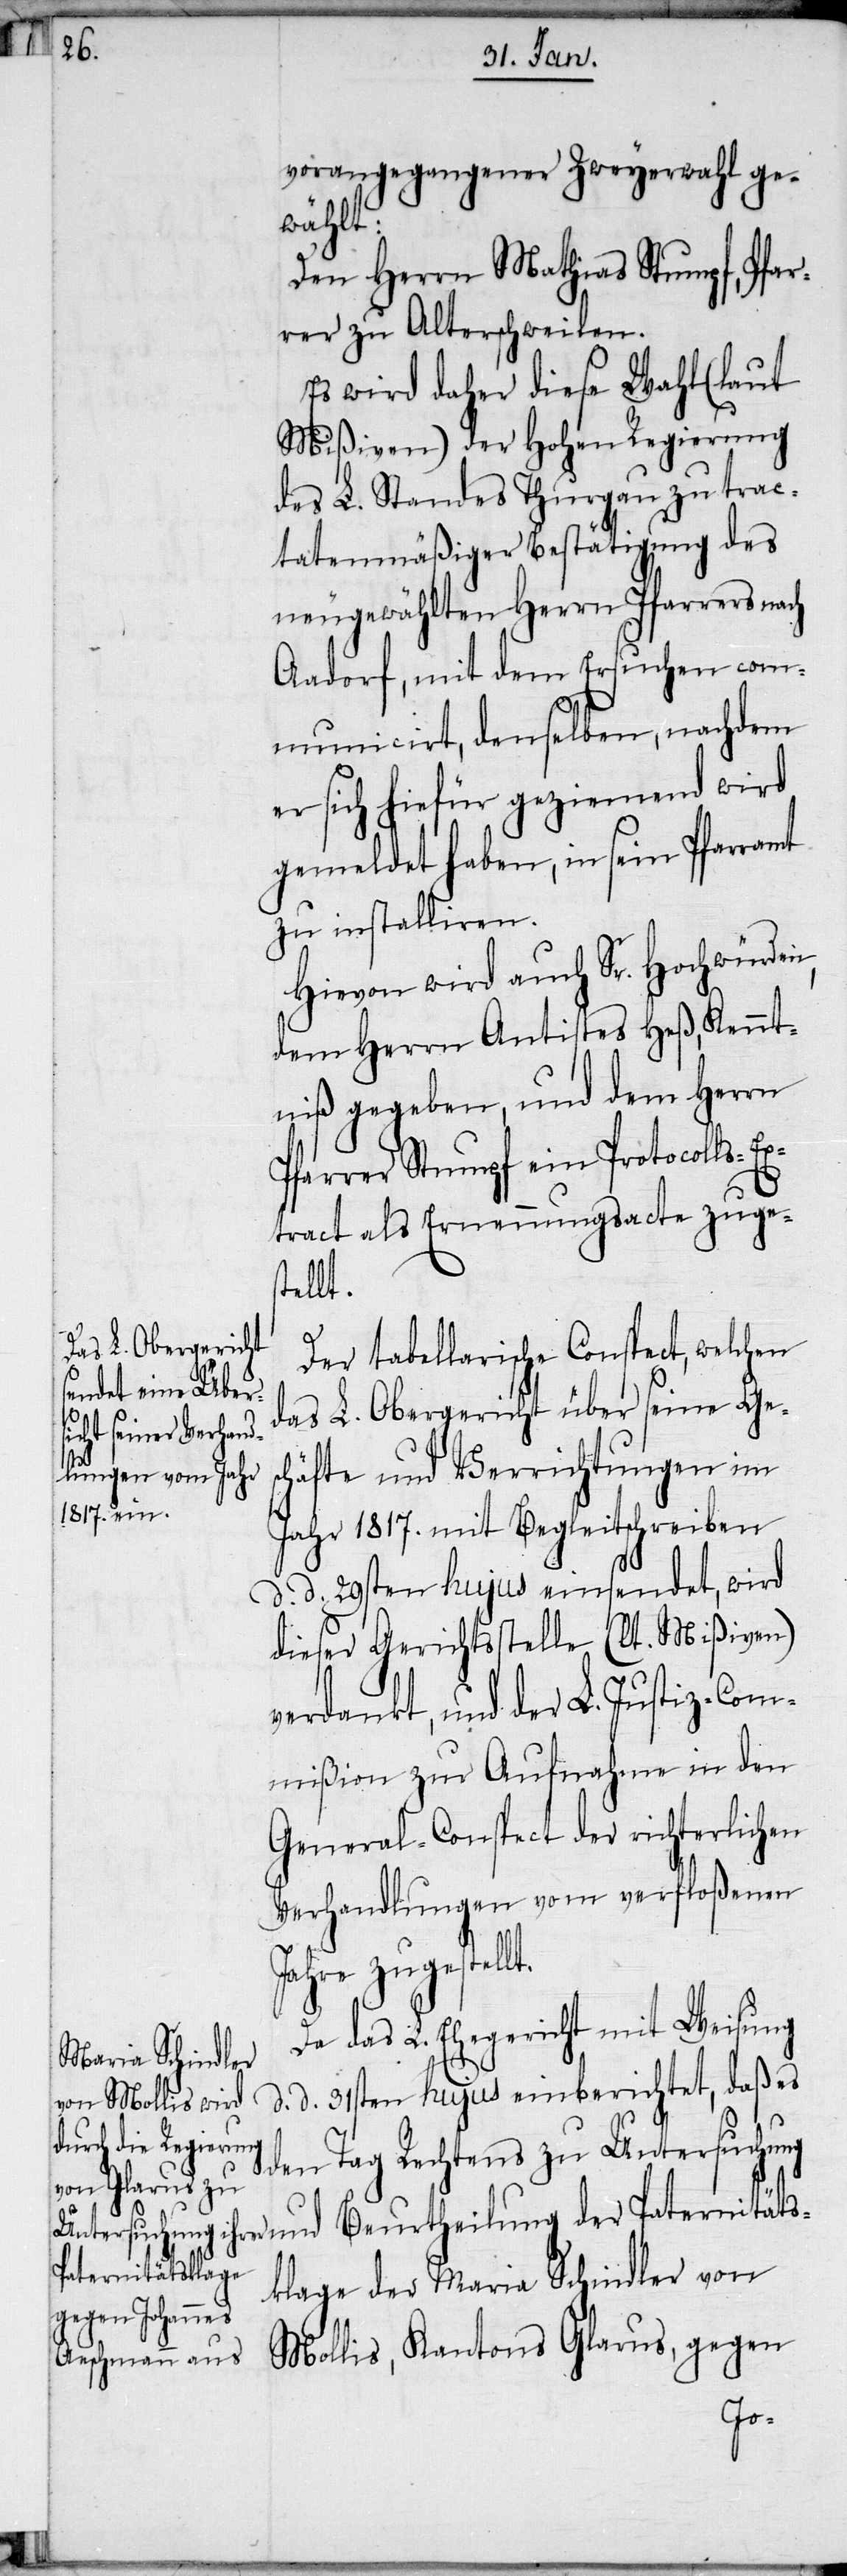
vorangegangener Zweyerwahl ge¬
wählt:
Den Herrn Mathias Stumpf, Pfar¬
rer zu Alterschweilen.
Es wird daher diese Wahl (laut
Mißiven) der Hohen Regierung
des L. Standes Thurgau zu trac¬
tatenmäßiger Bestätigung des
neugewählten Herrn Pfarrers nach
Aadorf, mit dem Ersuchen com¬
municirt, denselben, nachdem
er sich hiefür geziemend wird
gemeldet haben, in sein Pfarramt
zu installiren.
Hievon wird auch Sr. Hochwürden,
dem Herrn Antistes Heß, Kennt¬
niß gegeben, und dem Herrn
lt.
Pfarrer Stumpf ein Protocolls-E¬
xtract als Ernennungsacte zuges¬
tellt.
Der tabellarische Conspect, welchen
das L. Obergericht über seine Ges¬
chäfte und Verrichtungen im
Jahr 1817. mit Begleitschreiben
d. d. 29sten hujus einsendet, wird
dieser Gerichtsstelle (lt. Mißiven)
verdankt, und der L. Justiz-Com¬
mißion zur Aufnahme in den
General-Conspect der richterlichen
Verhandlungen vom verfloßenen
Jahre zugestel¬
Da das L. Ehegericht mit Weisung
Maria Schindler
d. d. 31sten hujus einberichtet, daß es
den Tag Rechtens zu Untersuchung
Paternitätsklage
Mollis, Kantons Glarus, gegen
von